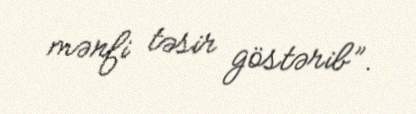
mənfi təsir göstərib”.